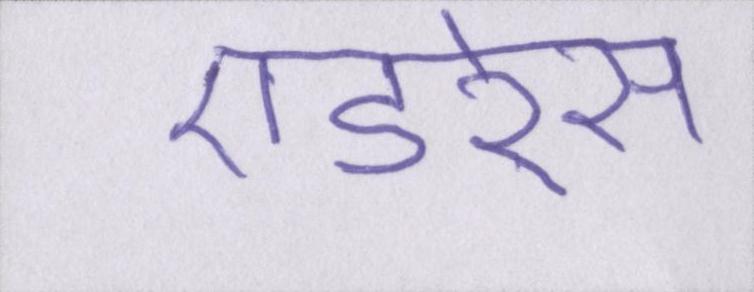
एडरेस